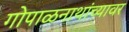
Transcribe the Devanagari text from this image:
गोपाळनाथांच्यावर